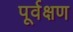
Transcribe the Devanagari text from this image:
पूर्वक्षण